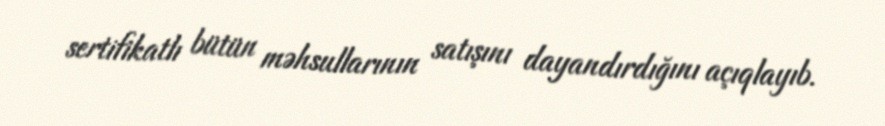
sertifikatlı bütün məhsullarının satışını dayandırdığını açıqlayıb.